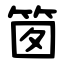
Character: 䇱